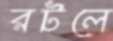
রটলে